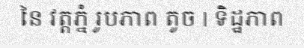
នៃ វត្តភ្នំ រូបភាព តូច | ទិដ្ឋភាព